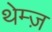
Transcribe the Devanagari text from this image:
थेम्ज़